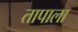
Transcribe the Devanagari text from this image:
तापाला